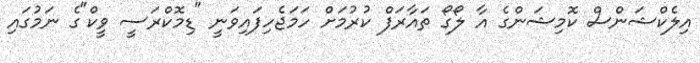
އިލެކްޝަންސް ކޮމިޝަންގެ އާ ލޯގޯ ތައާރަފް ކުރުމަށް ހަމަޖެހިފައިވަނީ "ޑިމޮކްރަސީ ވީކް"ގެ ނަމުގައި